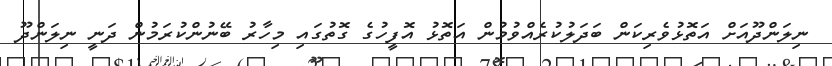
ނިލަންދޫއަށް އަތޮޅުވެރިކަން ބަދަލުކުރެއްވުމުން އަތޮޅު އޮފީހުގެ ގޮތުގައި މިހާރު ބޭނުންކުރަމުން ދަނީ ނިލަންދޫ